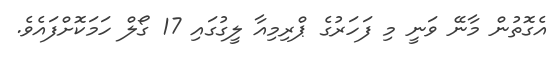
އެގޮތުން މާނޭ ވަނީ މި ފަހަރުގެ ޕްރިމިއާ ލީގުގައި 17 ގޯލް ހަމަކޮށްފައެވެ.